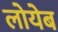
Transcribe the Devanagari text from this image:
लोयेब